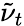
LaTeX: \tilde{\nu}_{t}